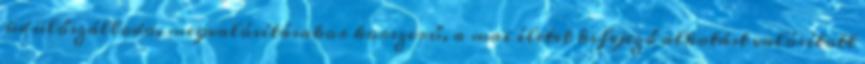
üdülőszálloda, megvalósításakor korszerű, a mai életet kifejező alkotást valósított